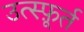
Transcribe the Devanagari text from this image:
उत्स्फ़ूर्त